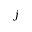
j